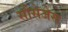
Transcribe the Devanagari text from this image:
सौसेजेस